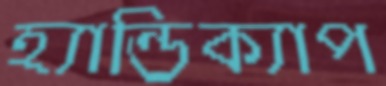
হ্যান্ডিক্যাপ